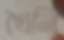
খৈনি